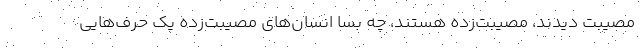
مصیبت دیدند، مصیبت‌زده هستند، چه بسا انسان‌های مصیبت‌زده یک حرف‌هایی